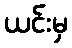
ယင်းမှ